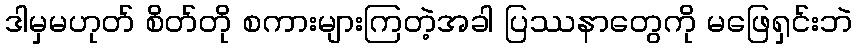
ဒါမှမဟုတ် စိတ်တို စကားများကြတဲ့အခါ ပြဿနာတွေကို မဖြေရှင်းဘဲ